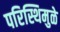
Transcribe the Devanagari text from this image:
परिस्थिमुळे